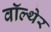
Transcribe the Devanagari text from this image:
वॉल्थेर